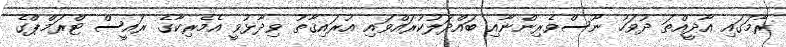
ރާމަގައި އާދީއްތަ ދުވަހު ނޫސްވެރިންނާއި ބައްދަލުކުރައްވައި އުރައިޤާތު ވިދާޅުވީ އެމެރިކާގެ ރައީސް ޓްރަމްޕްގެ